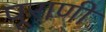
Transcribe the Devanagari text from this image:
पूराणी